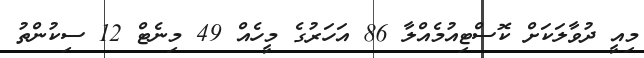
މިއީ ދުވާލަކަށް ކޮސްޓިއުމެއްލާ 86 އަހަރުގެ މީހެއް 49 މިނެޓް 12 ސިކުންތު